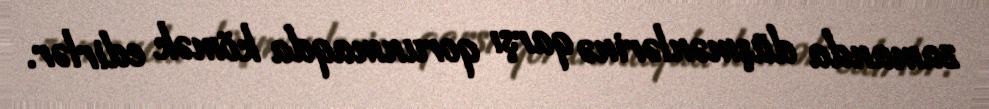
zamanda düşmənlərinə qarşı qorunmaqda kömək edirlər.